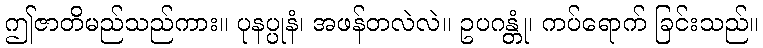
ဤဇာတိမည်သည်ကား။ ပုနပ္ပုနံ၊ အဖန်တလဲလဲ။ ဥပဂန္တုံ၊ ကပ်ရောက် ခြင်းသည်။